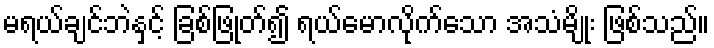
မရယ်ချင်ဘဲနှင့် ခြစ်ဖြုတ်၍ ရယ်မောလိုက်သော အသံမျိုး ဖြစ်သည်။